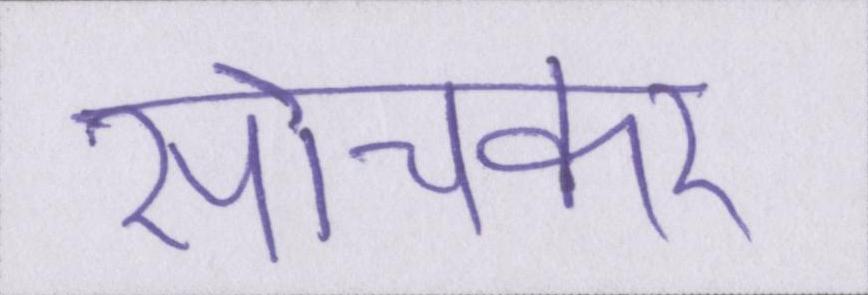
सोचकर